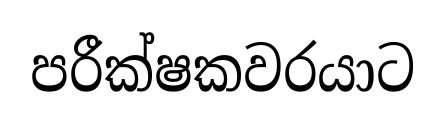
පරීක්ෂකවරයාට